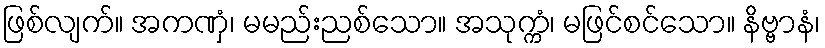
ဖြစ်လျက်။ အကဏှံ၊ မမည်းညစ်သော။ အသုက္ကံ၊ မဖြင်စင်သော။ နိဗ္ဗာနံ၊